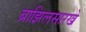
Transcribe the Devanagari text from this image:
ब्राझिलसारखे